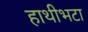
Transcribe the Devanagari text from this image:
हाथीभटा